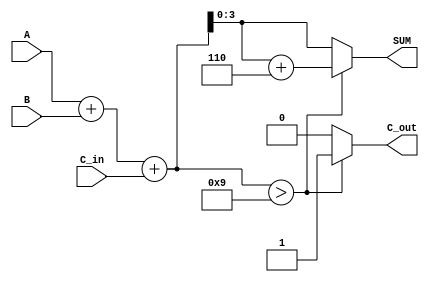
module BCD_Asynchronous_Adder (
    input [3:0] A,      // 4-bit BCD input A
    input [3:0] B,      // 4-bit BCD input B
    input C_in,         // Carry-in
    output reg [3:0] SUM, // 4-bit BCD output SUM
    output reg C_out     // Carry-out
);

    // Internal wire for the binary sum
    wire [4:0] S; // 5 bits to accommodate carry
    wire correction_needed;

    // Calculate the binary sum
    assign S = A + B + C_in;

    // Determine if correction is needed
    assign correction_needed = (S > 4'b1001); // Check if S > 9

    // Asynchronous output logic
    always @(*) begin
        if (correction_needed) begin
            SUM = S + 4'b0110; // Add 6 to correct the BCD
            C_out = 1;         // Set carry-out
        end else begin
            SUM = S[3:0];      // Use lower 4 bits of S
            C_out = 0;         // No carry-out
        end
    end

endmodule